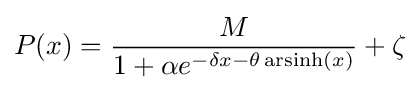
P(x)={\frac {M}{1+\alpha e^{-\delta x-\theta \operatorname {arsinh} (x)}}}+\zeta